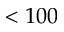
< 1 0 0